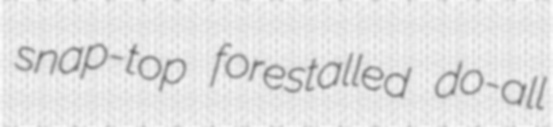
snap-top forestalled do-all